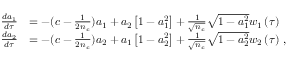
\begin{array} { r l } { \frac { d a _ { 1 } } { d \tau } } & { = - ( c - \frac { 1 } { 2 n _ { c } } ) a _ { 1 } + a _ { 2 } \left[ 1 - a _ { 1 } ^ { 2 } \right] + \frac { 1 } { \sqrt { n _ { c } } } \sqrt { 1 - a _ { 1 } ^ { 2 } } w _ { 1 } \left( \tau \right) } \\ { \frac { d a _ { 2 } } { d \tau } } & { = - ( c - \frac { 1 } { 2 n _ { c } } ) a _ { 2 } + a _ { 1 } \left[ 1 - a _ { 2 } ^ { 2 } \right] + \frac { 1 } { \sqrt { n _ { c } } } \sqrt { 1 - a _ { 2 } ^ { 2 } } w _ { 2 } \left( \tau \right) \, , } \end{array}